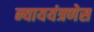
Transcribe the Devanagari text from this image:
न्याययंत्रणेस